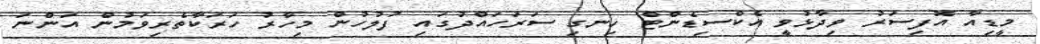
މީޑިއާ އޮފިސަރު ވިދާޅުވީ އެކްސިޑެންޓް ހިނގި ސަރަހައްދުގައި ފުލުހުން މިހާރު ހަރަކާތެރިވަމުން އަންނަ